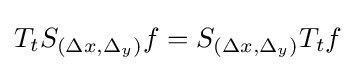
T_{t}S_{(\Delta x,\Delta _{y})}f=S_{(\Delta x,\Delta _{y})}T_{t}f